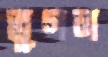
ভূগল